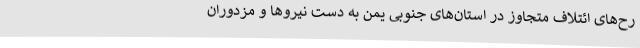
رح‌های ائتلاف متجاوز در استان‌های جنوبی یمن به دست نیروها و مزدوران